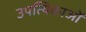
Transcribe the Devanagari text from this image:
उपत्यिकाओं